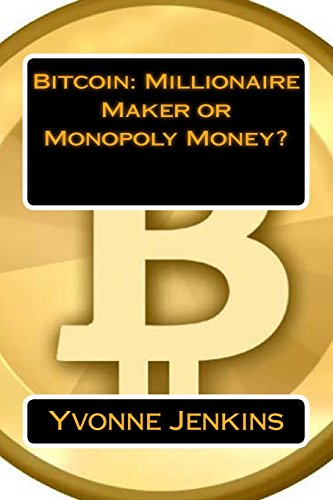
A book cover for Bitcoin: Millionaire Maker or Monopoly Money?; Yvonne Jenkins; Computers & Technology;